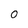
Character: 0